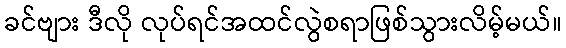
ခင်ဗျား ဒီလို လုပ်ရင်အထင်လွဲစရာဖြစ်သွားလိမ့်မယ်။